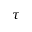
\tau